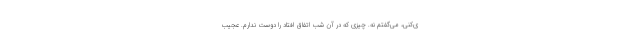
ی‌کنی، می‌گفتم نه. چیزی که در آن شب اتفاق افتاد را دوست ندارم. عجیب